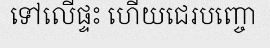
ទៅលើផ្ទះ ហើយជេរបញ្ចោ